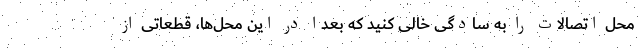
محل اتصالات را به سادگی خالی کنید که بعداً در این محل‌ها، قطعاتی از